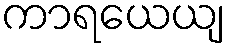
ကာရယေယျ